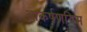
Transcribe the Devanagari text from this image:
आकर्षणयिम